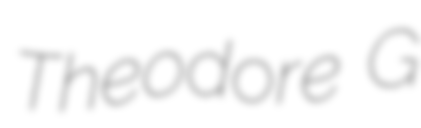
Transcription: Theodore G